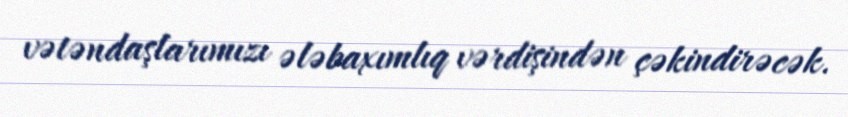
vətəndaşlarımızı ələbaxımlıq vərdişindən çəkindirəcək.